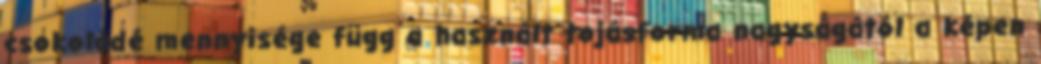
csokoládé mennyisége függ a használt tojásforma nagyságától a képen